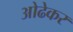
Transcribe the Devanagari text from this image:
ओढेकर